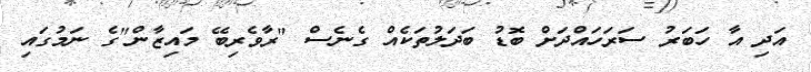
އަދި އާ ހަބަރު ސަރަހައްދަށް ބޮޑު ބަދަލުތަކެއް ގެނެސް "ރާވެރިބޭ މައިޒާން"ގެ ނަމުގައި